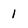
Character: 1